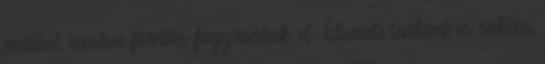
mézzel ízesítve forrón fogyasszuk el. Élvezeti teaként is sokan